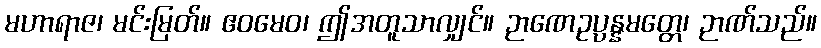
မဟာရာဇ၊ မင်းမြတ်။ ဧဝမေဝ၊ ဤအတူသာလျှင်။ ဉာဏေဥပ္ပန္နမတ္တေ၊ ဉာဏ်သည်။